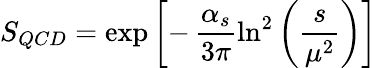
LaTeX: S_{QCD}=\exp\left[-\, \frac{\alpha_{s}}{3\pi}\ln^{2}\left(\frac{s}{\mu^{2}}\right)\right]